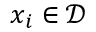
x _ { i } \in \mathcal { D }